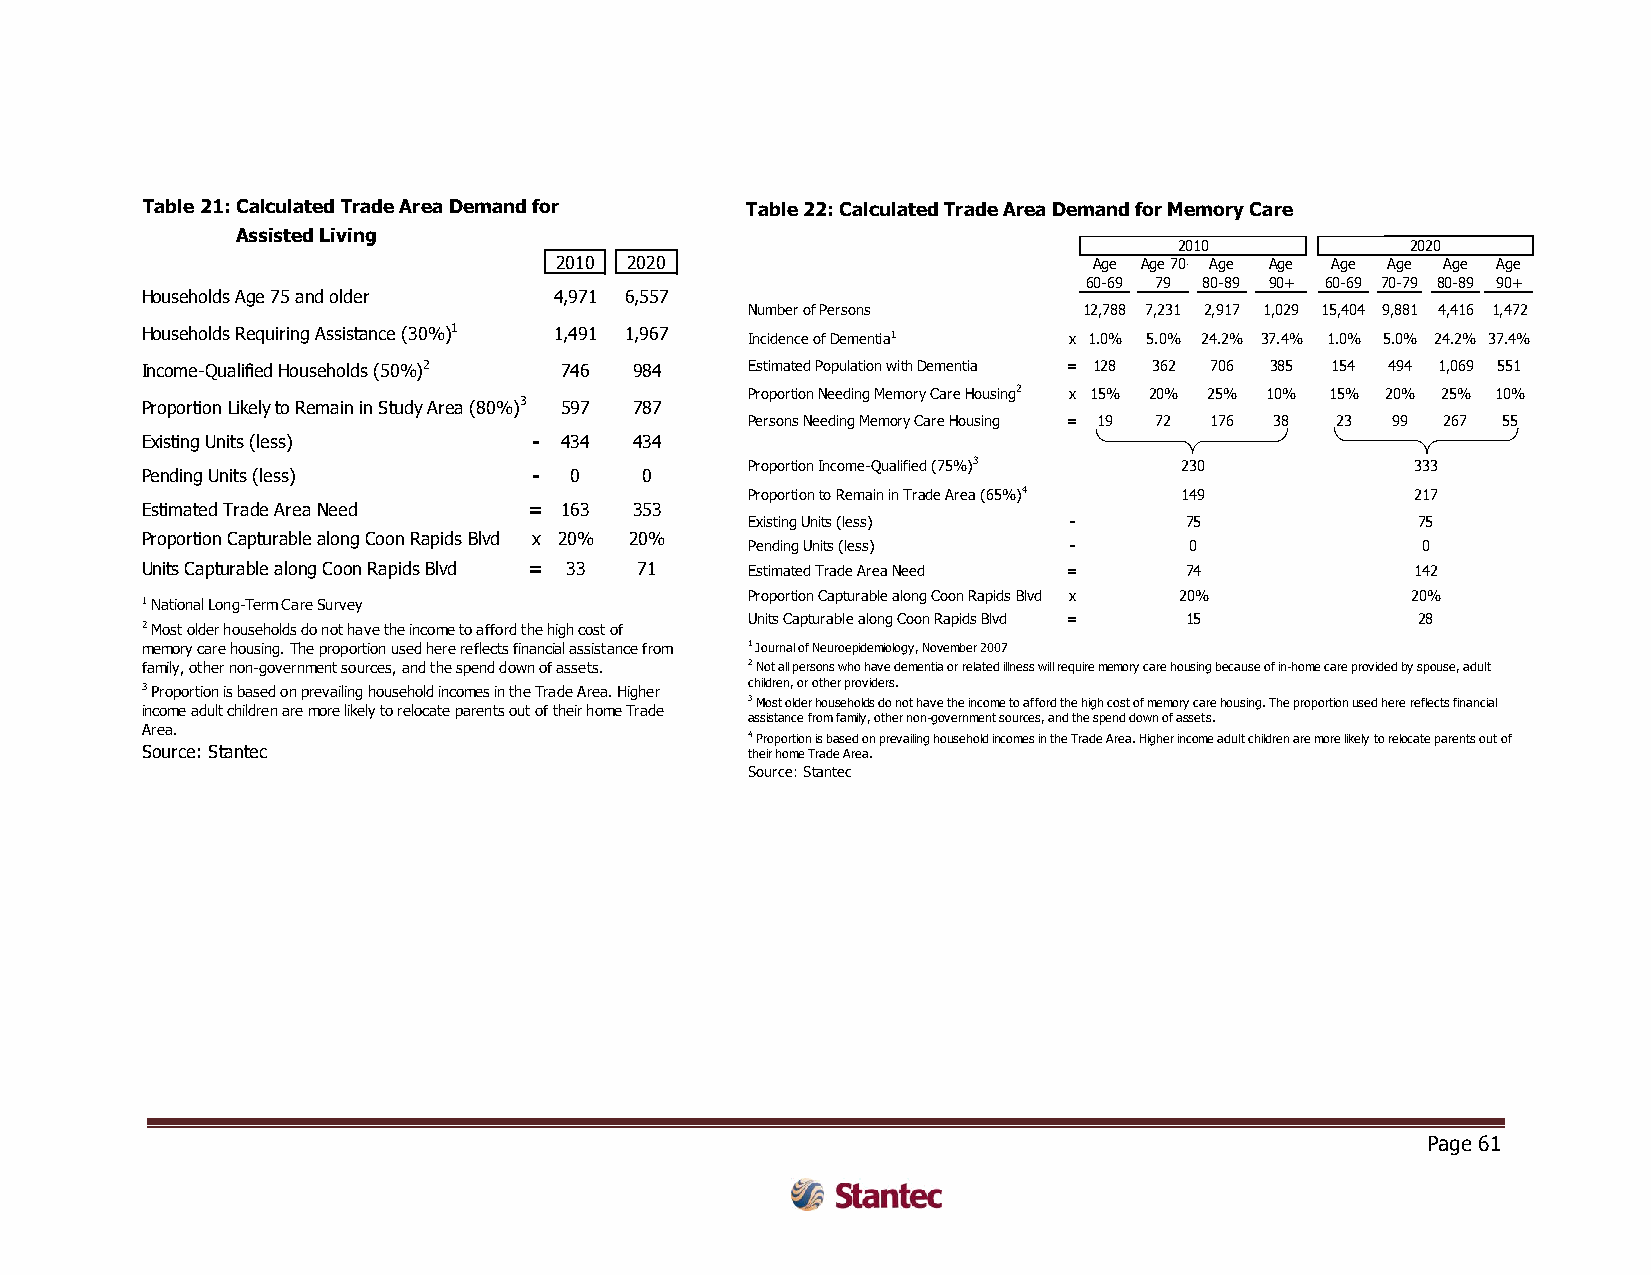
Table 21: Calculated Trade Area Demand for Table 22: Calculated Trade Area Demand for Memory Care
 Assisted Living
 2010           2020
 2010 2020                          Age Age 70- Age Age Age Age Age Age
 60-69 79 80-89 90+ 60-69 70-79 80-89 90+
 Households Age 75 and older 4,971 6,557
 Number of Persons     12,788 7,231 2,917 1,029 15,404 9,881 4,416 1,472
 Households Requiring Assistance (30%)1 1,491 1,967 Incidence of Dementia1 x 1.0% 5.0% 24.2% 37.4% 1.0% 5.0% 24.2% 37.4%
 Income-Qualified Households (50%)2 746 984 Estimated Population with Dementia = 128 362 706 385 154 494 1,069 551
 Proportion Needing Memory Care Housing2 x 15% 20% 25% 10% 15% 20% 25% 10%
 Proportion Likely to Remain in Study Area (80%)3 597 787
 Persons Needing Memory Care Housing = 19 72 176 38 23 99 267 55
 Existing Units (less)     - 434  434
 Proportion Income-Qualified (75%)3 230      333
 Pending Units (less)      -  0    0
 Proportion to Remain in Trade Area (65%)4 149 217
 Estimated Trade Area Need = 163  353
 Existing Units (less) -     75              75
 Proportion Capturable along Coon Rapids Blvd x 20% 20%
 Pending Units (less) -       0              0
 Units Capturable along Coon Rapids Blvd = 33 71 Estimated Trade Area Need = 74       142
 Proportion Capturable along Coon Rapids Blvd x 20% 20%
 1 National Long-Term Care Survey
 Units Capturable along Coon Rapids Blvd = 15 28
 2 Most older households do not have the income to afford the high cost of
 memory care housing. The proportion used here reflects financial assistance from 1 Journal of Neuroepidemiology, November 2007
 family, other non-government sources, and the spend down of assets. 2 Not all persons who have dementia or related illness will require memory care housing because of in-home care provided by spouse, adult
 3 Proportion is based on prevailing household incomes in the Trade Area. Higher children, or other providers.
 3 Most older households do not have the income to afford the high cost of memory care housing. The proportion used here reflects financial
 income adult children are more likely to relocate parents out of their home Trade
 assistance from family, other non-government sources, and the spend down of assets.
 Area.
 4 Proportion is based on prevailing household incomes in the Trade Area. Higher income adult children are more likely to relocate parents out of
 Source: Stantec                          their home Trade Area.
 Source: Stantec
 Page 61